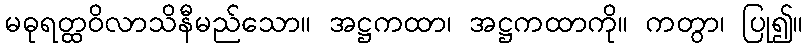
မဓုရတ္ထဝိလာသိနီမည်သော။ အဋ္ဌကထာ၊ အဋ္ဌကထာကို။ ကတွာ၊ ပြု၍။